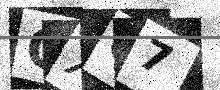
Text: QXC7